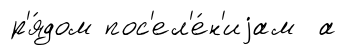
р'я́дом пос'ел'е́н'иjам а